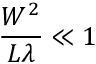
{ \frac { W ^ { 2 } } { L \lambda } } \ll 1